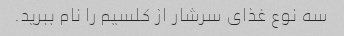
سه نوع غذای سرشار از کلسیم را نام ببرید.